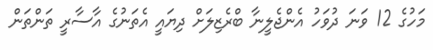
މަހުގެ 12 ވަނަ ދުވަހު އެންޖެލީނާ ބްރެޒިލަށް ދިޔައީ އެތަނުގެ އާސާރީ ތަންތަން